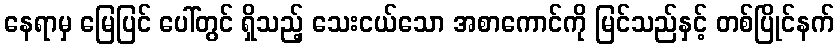
နေရာမှ မြေပြင် ပေါ်တွင် ရှိသည့် သေးငယ်သော အစာကောင်ကို မြင်သည်နှင့် တစ်ပြိုင်နက်